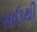
સાઉથી